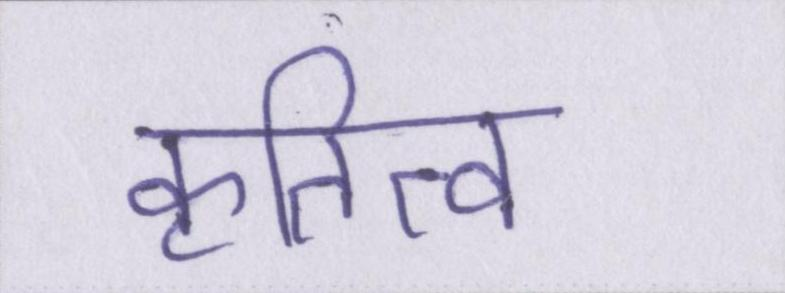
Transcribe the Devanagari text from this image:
कृतित्व